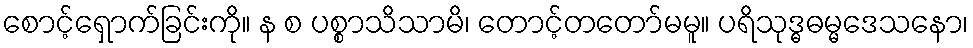
စောင့်ရှောက်ခြင်းကို။ န စ ပစ္စာသိသာမိ၊ တောင့်တတော်မမူ။ ပရိသုဒ္ဓဓမ္မဒေသနော၊